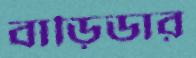
বাড়িডার